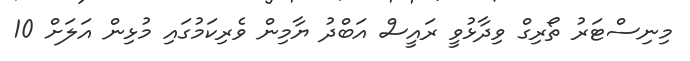
މިނިސްޓަރު ތޯރިގް ވިދާޅުވީ ރައީސް އަބްދު ޔާމިން ވެރިކަމުގައި މުޅިން އަލަށް 10